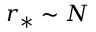
r _ { * } \sim { N }